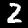
Digit: 2